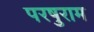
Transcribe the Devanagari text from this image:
परषुराम